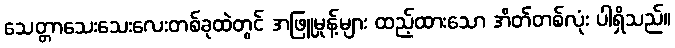
သေတ္တာသေးသေးလေးတစ်ခုထဲတွင် အဖြူမှုန့်များ ထည့်ထားသော အိတ်တစ်လုံး ပါရှိသည်။